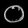
Digit: ၀